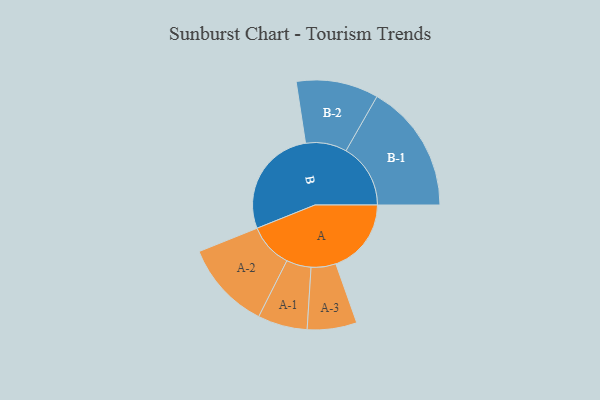
{"axis": {"x": "Segment", "y": "Value"}, "legend": ["", "A", "B"], "data": [{"x": "A", "y": 332, "type": ""}, {"x": "B", "y": 486, "type": ""}, {"x": "A-1", "y": 109, "type": "A"}, {"x": "A-2", "y": 195, "type": "A"}, {"x": "A-3", "y": 109, "type": "A"}, {"x": "B-1", "y": 284, "type": "B"}, {"x": "B-2", "y": 181, "type": "B"}]}